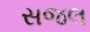
સજલ